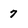
Character: 7